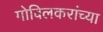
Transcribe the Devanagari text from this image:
गोविलकरांच्या